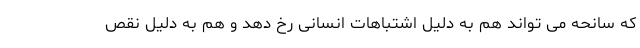
که سانحه می تواند هم به دلیل اشتباهات انسانی رخ دهد و هم به دلیل نقص